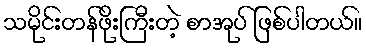
သမိုင်းတန်ဖိုးကြီးတဲ့ စာအုပ် ဖြစ်ပါတယ်။